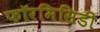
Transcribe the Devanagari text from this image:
फॉरमिसिडी